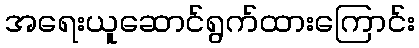
အရေးယူဆောင်ရွက်ထားကြောင်း